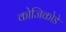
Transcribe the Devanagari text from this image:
कोजिकोडे